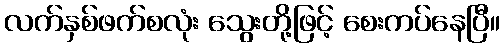
လက်နှစ်ဖက်စလုံး သွေးတို့ဖြင့် စေးကပ်နေပြီ။